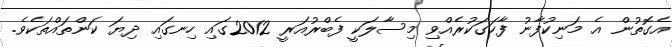
އެގޮތުން އެ މަނިކުފާނު ފާހަގަކުރެއްވި މިސާލަކީ ފެބްރުއަރީ 2012ގައި ހިނގައި ދިޔަ ކަންތައްތަކެވެ.